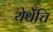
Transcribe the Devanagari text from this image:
येथेंचि